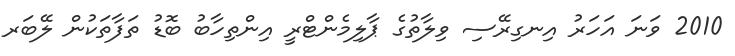
2010 ވަނަ އަހަރު އިނގިރޭސި ވިލާތުގެ ޕާލިމެންޓްރީ އިންތިހާބު ބޮޑު ތަފާތަކުން ލޭބަރ